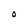
Character: O